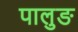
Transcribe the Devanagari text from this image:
पालुङ